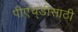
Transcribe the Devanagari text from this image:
पीएच्‌डीसाठी